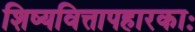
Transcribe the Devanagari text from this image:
शिष्यवित्तापहारकाः